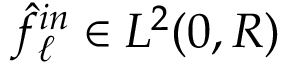
\hat { f } _ { \ell } ^ { i n } \in L ^ { 2 } ( 0 , R )